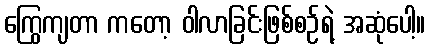
ကြွေကျတာ ကတော့ ဝါလာခြင်းဖြစ်စဉ်ရဲ့ အဆုံပေါ့။